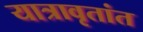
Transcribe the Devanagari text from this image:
यात्रावृतांत